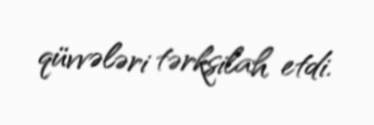
qüvvələri tərksilah etdi.